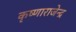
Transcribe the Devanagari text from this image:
कृष्णाराजेन्द्र